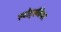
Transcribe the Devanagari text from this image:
स्पोर्ट्सवेयर